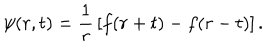
\psi ( r , t ) = { \frac { 1 } { r } } \left[ f ( r + t ) - f ( r - t ) \right] .